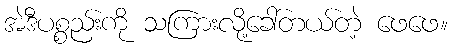
အဲဒီပစ္စည်းကို သကြားလို့ခေါ်တယ်တဲ့ ဖေဖေ။